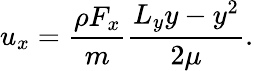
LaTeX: u_{x}=\frac{\rho F_{x}}{m}\frac{L_{y}y-y^{2}}{2\mu}.